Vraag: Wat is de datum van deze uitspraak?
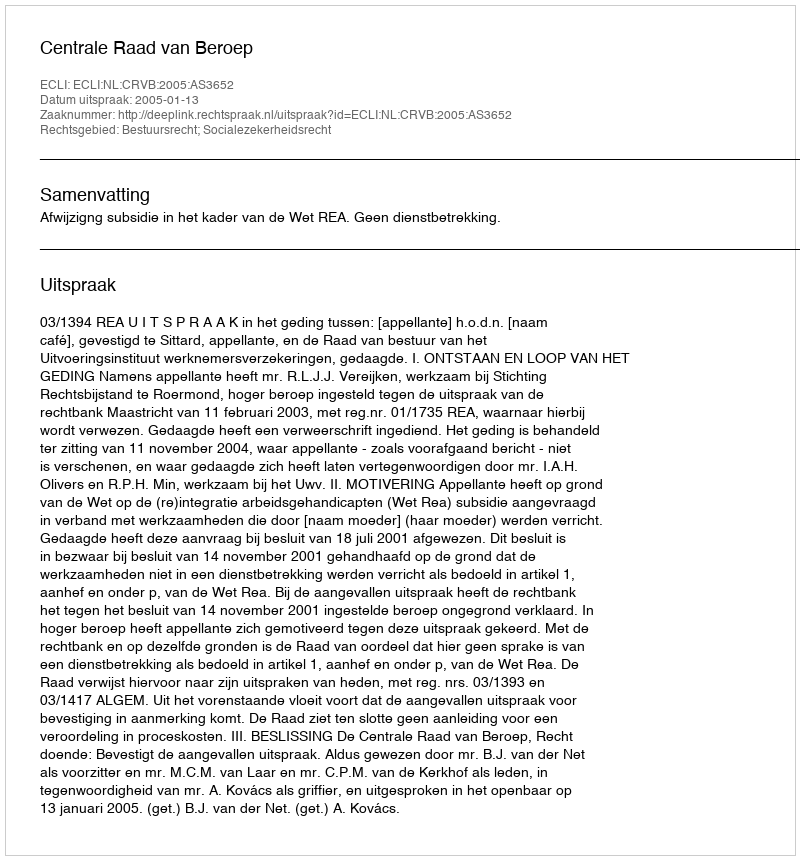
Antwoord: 2005-01-13